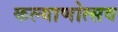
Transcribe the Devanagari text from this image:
कल्‍याणोत्‍सव